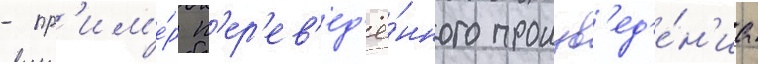
- пр'им'е́р п'ер'ев'ед'ё́нного произв'ед'е́н'иа